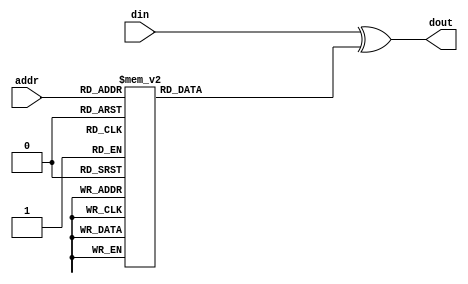
module scrambler_3 (
        addr        ,   
        din         ,   
        dout            
        ) ;
input   [4:0]   addr ;
input   [7:0]   din ;
output  [7:0]   dout ;
reg     [7:0]   scram_mask ;
assign dout = din ^ scram_mask ;
always @*
  begin
    case (addr[4:0])
      0: scram_mask = 40 ;
      1: scram_mask = 198 ;
      2: scram_mask = 78 ; 
      3: scram_mask = 63 ; 
      4: scram_mask = 82 ; 
      5: scram_mask = 173 ;
      6: scram_mask = 102 ; 
      7: scram_mask = 245 ; 
      8: scram_mask = 48 ; 
      9: scram_mask = 111 ; 
      10: scram_mask = 172 ; 
      11: scram_mask = 115 ; 
      12: scram_mask = 147 ; 
      13: scram_mask = 230 ; 
      14: scram_mask = 216 ; 
      15: scram_mask = 93 ; 
      16: scram_mask = 72 ; 
      17: scram_mask = 65 ; 
      18: scram_mask = 62 ;
      19: scram_mask = 2 ;
      20: scram_mask = 205 ; 
      21: scram_mask = 242 ;
      22: scram_mask = 122 ;
      23: scram_mask = 90 ;
      24: scram_mask = 128 ;
      25: scram_mask = 83 ;
      26: scram_mask = 105 ;
      27: scram_mask = 97 ;
      28: scram_mask = 73 ; 
      29: scram_mask = 10 ;
      30: scram_mask = 5 ;
      31: scram_mask = 252 ;
      default: scram_mask = 40 ;
    endcase
  end
endmodule